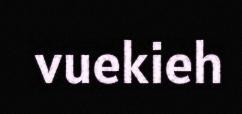
vuekieh